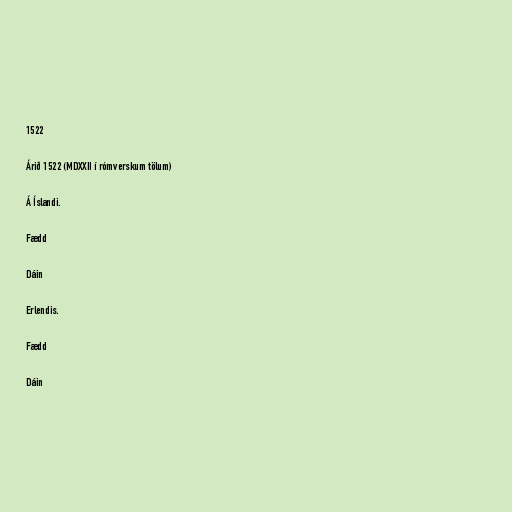
1522

Árið 1522 (MDXXII í rómverskum tölum)

Á Íslandi.

Fædd

Dáin

Erlendis.

Fædd

Dáin